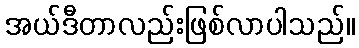
အယ်ဒီတာလည်းဖြစ်လာပါသည်။